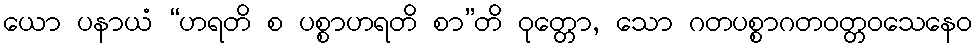
ယော ပနာယံ “ဟရတိ စ ပစ္စာဟရတိ စာ”တိ ဝုတ္တော, သော ဂတပစ္စာဂတဝတ္တဝသေနေဝ